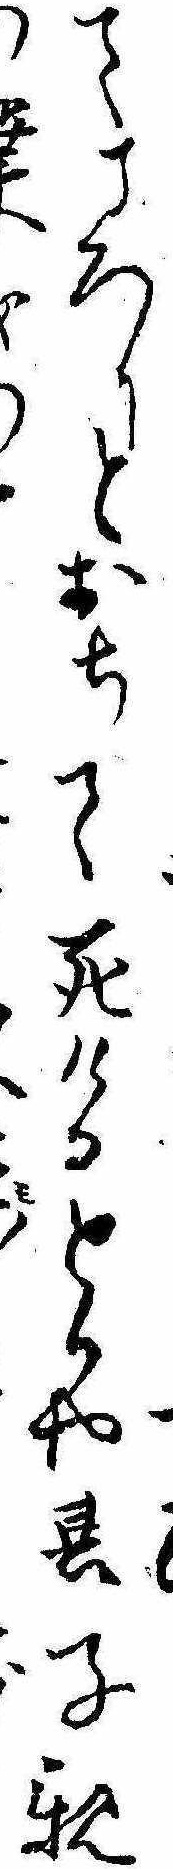
てころりとおちて死けるとかや其子親み